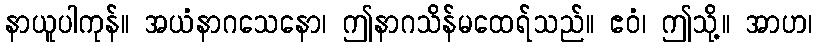
နာယူပါကုန်။ အယံနာဂသေနော၊ ဤနာဂသိန်မထေရ်သည်။ ဧဝံ၊ ဤသို့။ အာဟ၊